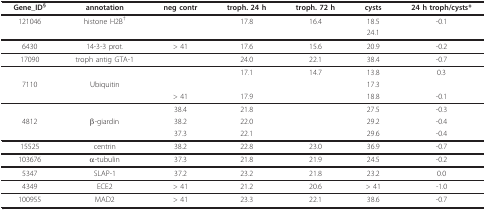
| Gene_ID§ | annotation | neg contr | troph. 24 h | troph. 72 h | cysts | 24 h troph/cysts* |
 | --- | --- | --- | --- | --- | --- | --- |
 | 121046 | histone H2B† |  | 17.8 | 16.4 | 18.5 | -0.1 |
 |  |  |  |  |  | 24.1 |  |
 | 6430 | 14-3-3 prot. | > 41 | 17.6 | 15.6 | 20.9 | -0.2 |
 | 17090 | troph antig GTA-1 |  | 24.0 | 22.1 | 38.4 | -0.7 |
 |  |  |  | 17.1 | 14.7 | 13.8 | 0.3 |
 | 7110 | Ubiquitin |  |  |  | 17.3 |  |
 |  |  | > 41 | 17.9 |  | 18.8 | -0.1 |
 |  |  | 38.4 | 21.8 |  | 27.5 | -0.3 |
 | 4812 | β-giardin | 38.2 | 22.0 |  | 29.2 | -0.4 |
 |  |  | 37.3 | 22.1 |  | 29.6 | -0.4 |
 | 15525 | centrin | 38.2 | 22.8 | 23.0 | 36.9 | -0.7 |
 | 103676 | α-tubulin | 37.3 | 21.8 | 21.9 | 24.5 | -0.2 |
 | 5347 | SLAP-1 | 37.2 | 23.2 | 21.8 | 23.2 | 0.0 |
 | 4349 | ECE2 | > 41 | 21.2 | 20.6 | > 41 | -1.0 |
 | 100955 | MAD2 | > 41 | 23.3 | 22.1 | 38.6 | -0.7 |